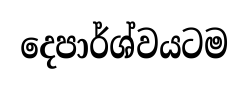
දෙපාර්ශ්වයටම